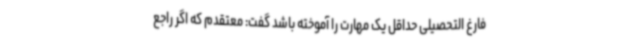
فارغ التحصیلی حداقل یک مهارت را آموخته باشد گفت: معتقدم که اگر راجع